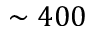
\sim 4 0 0